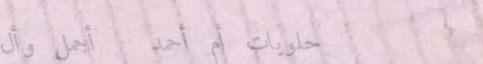
حلويات أم أحمد   أجمل وأل